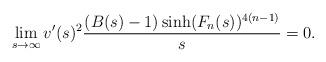
LaTeX: \begin{align*}\lim_{s\to \infty}v'(s)^2\frac{(B(s) -1) \sinh(F_n(s))^{4(n-1)}}s =0.\end{align*}